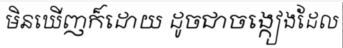
មិនឃើញក៏ដោយ ដូចជាចង្កៀងដែល